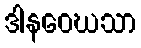
ဒါနဝေဃသာ